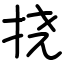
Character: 挠